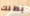
بطلك